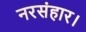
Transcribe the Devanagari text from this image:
नरसंहार।